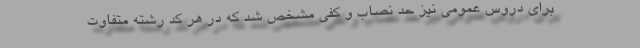
برای دروس عمومی نیز حد نصاب و کفی مشخص شد که در هر کد رشته متفاوت